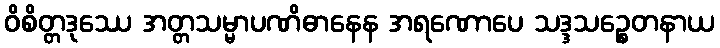
ဝိစိတ္တဒုဿေ အတ္တသမ္မာပဏိဓာနေန အရဏောပေ သဒ္ဒသဉ္စေတနာယ